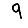
Digit: 9